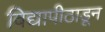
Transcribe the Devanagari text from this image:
विद्यापीठाडून